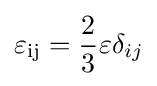
\varepsilon _{\rm {ij}}={\frac {2}{3}}\varepsilon \delta _{ij}